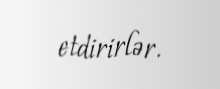
etdirirlər.